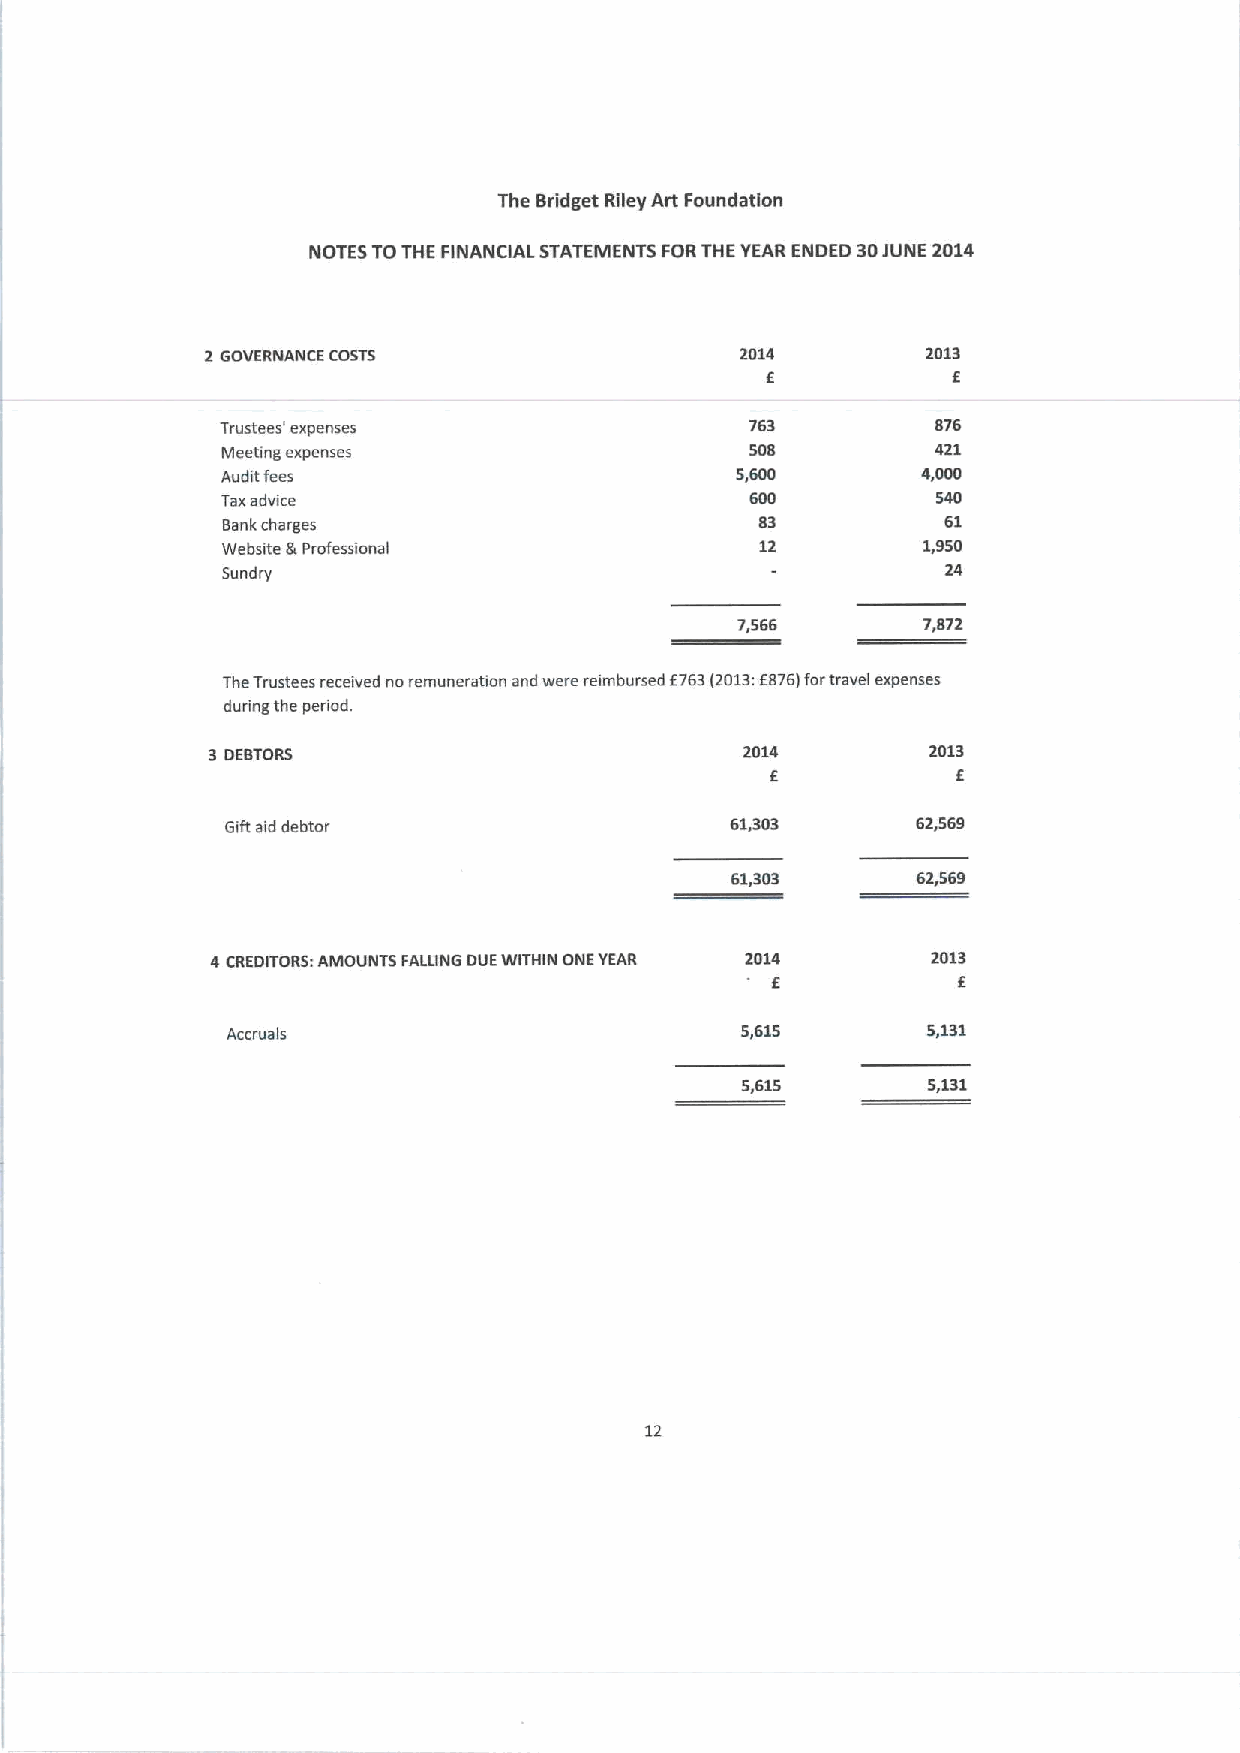
The Bridget Riley Art Foundation
 NOTES TOTHE FINANCIAL STATEMENTS FORTHE YEAR ENDED 30JUNE 2014
 2 GOVERNANCE COSTS                 2014        2013
 6           E
 Trustees' expenses                 763         876
 Meeting expenses                   508         421
 Audit fees                        5,600       4,000
 Taxadvice                          600         540
 Bank charges                       83           61
 Website lk Professional            12         1,950
 Sundry                                          24
 7,566       7,872
 f
 TheTrustees received noremuneration and were reimbursed 6763i2013: 876)fortravel expenses
 during the period.
 3 DEBTORS                          2014        2013
 E           E
 Gift aid debtor                  61,303       62,569
 61,303       62,569
 4 CREDITORS:AMOUNTS FALUNG DUEWITHIN ONE YEAR 2014 2013
 E           f.
 Accruals                          5,615       5,131
 5,615       5,131